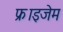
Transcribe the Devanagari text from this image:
फ्राइजेम